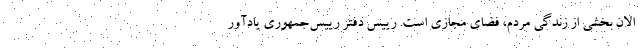
الان بخشی از زندگی مردم، فضای مجازی است. رییس دفتر رییس‌جمهوری یادآور